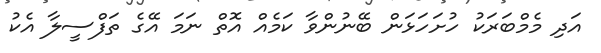
އަދި މެމްބަރަކު ހުށަހަޅަން ބޭނުންވާ ކަމެއް އޮތް ނަމަ އޭގެ ތަފްސީލާ އެކު